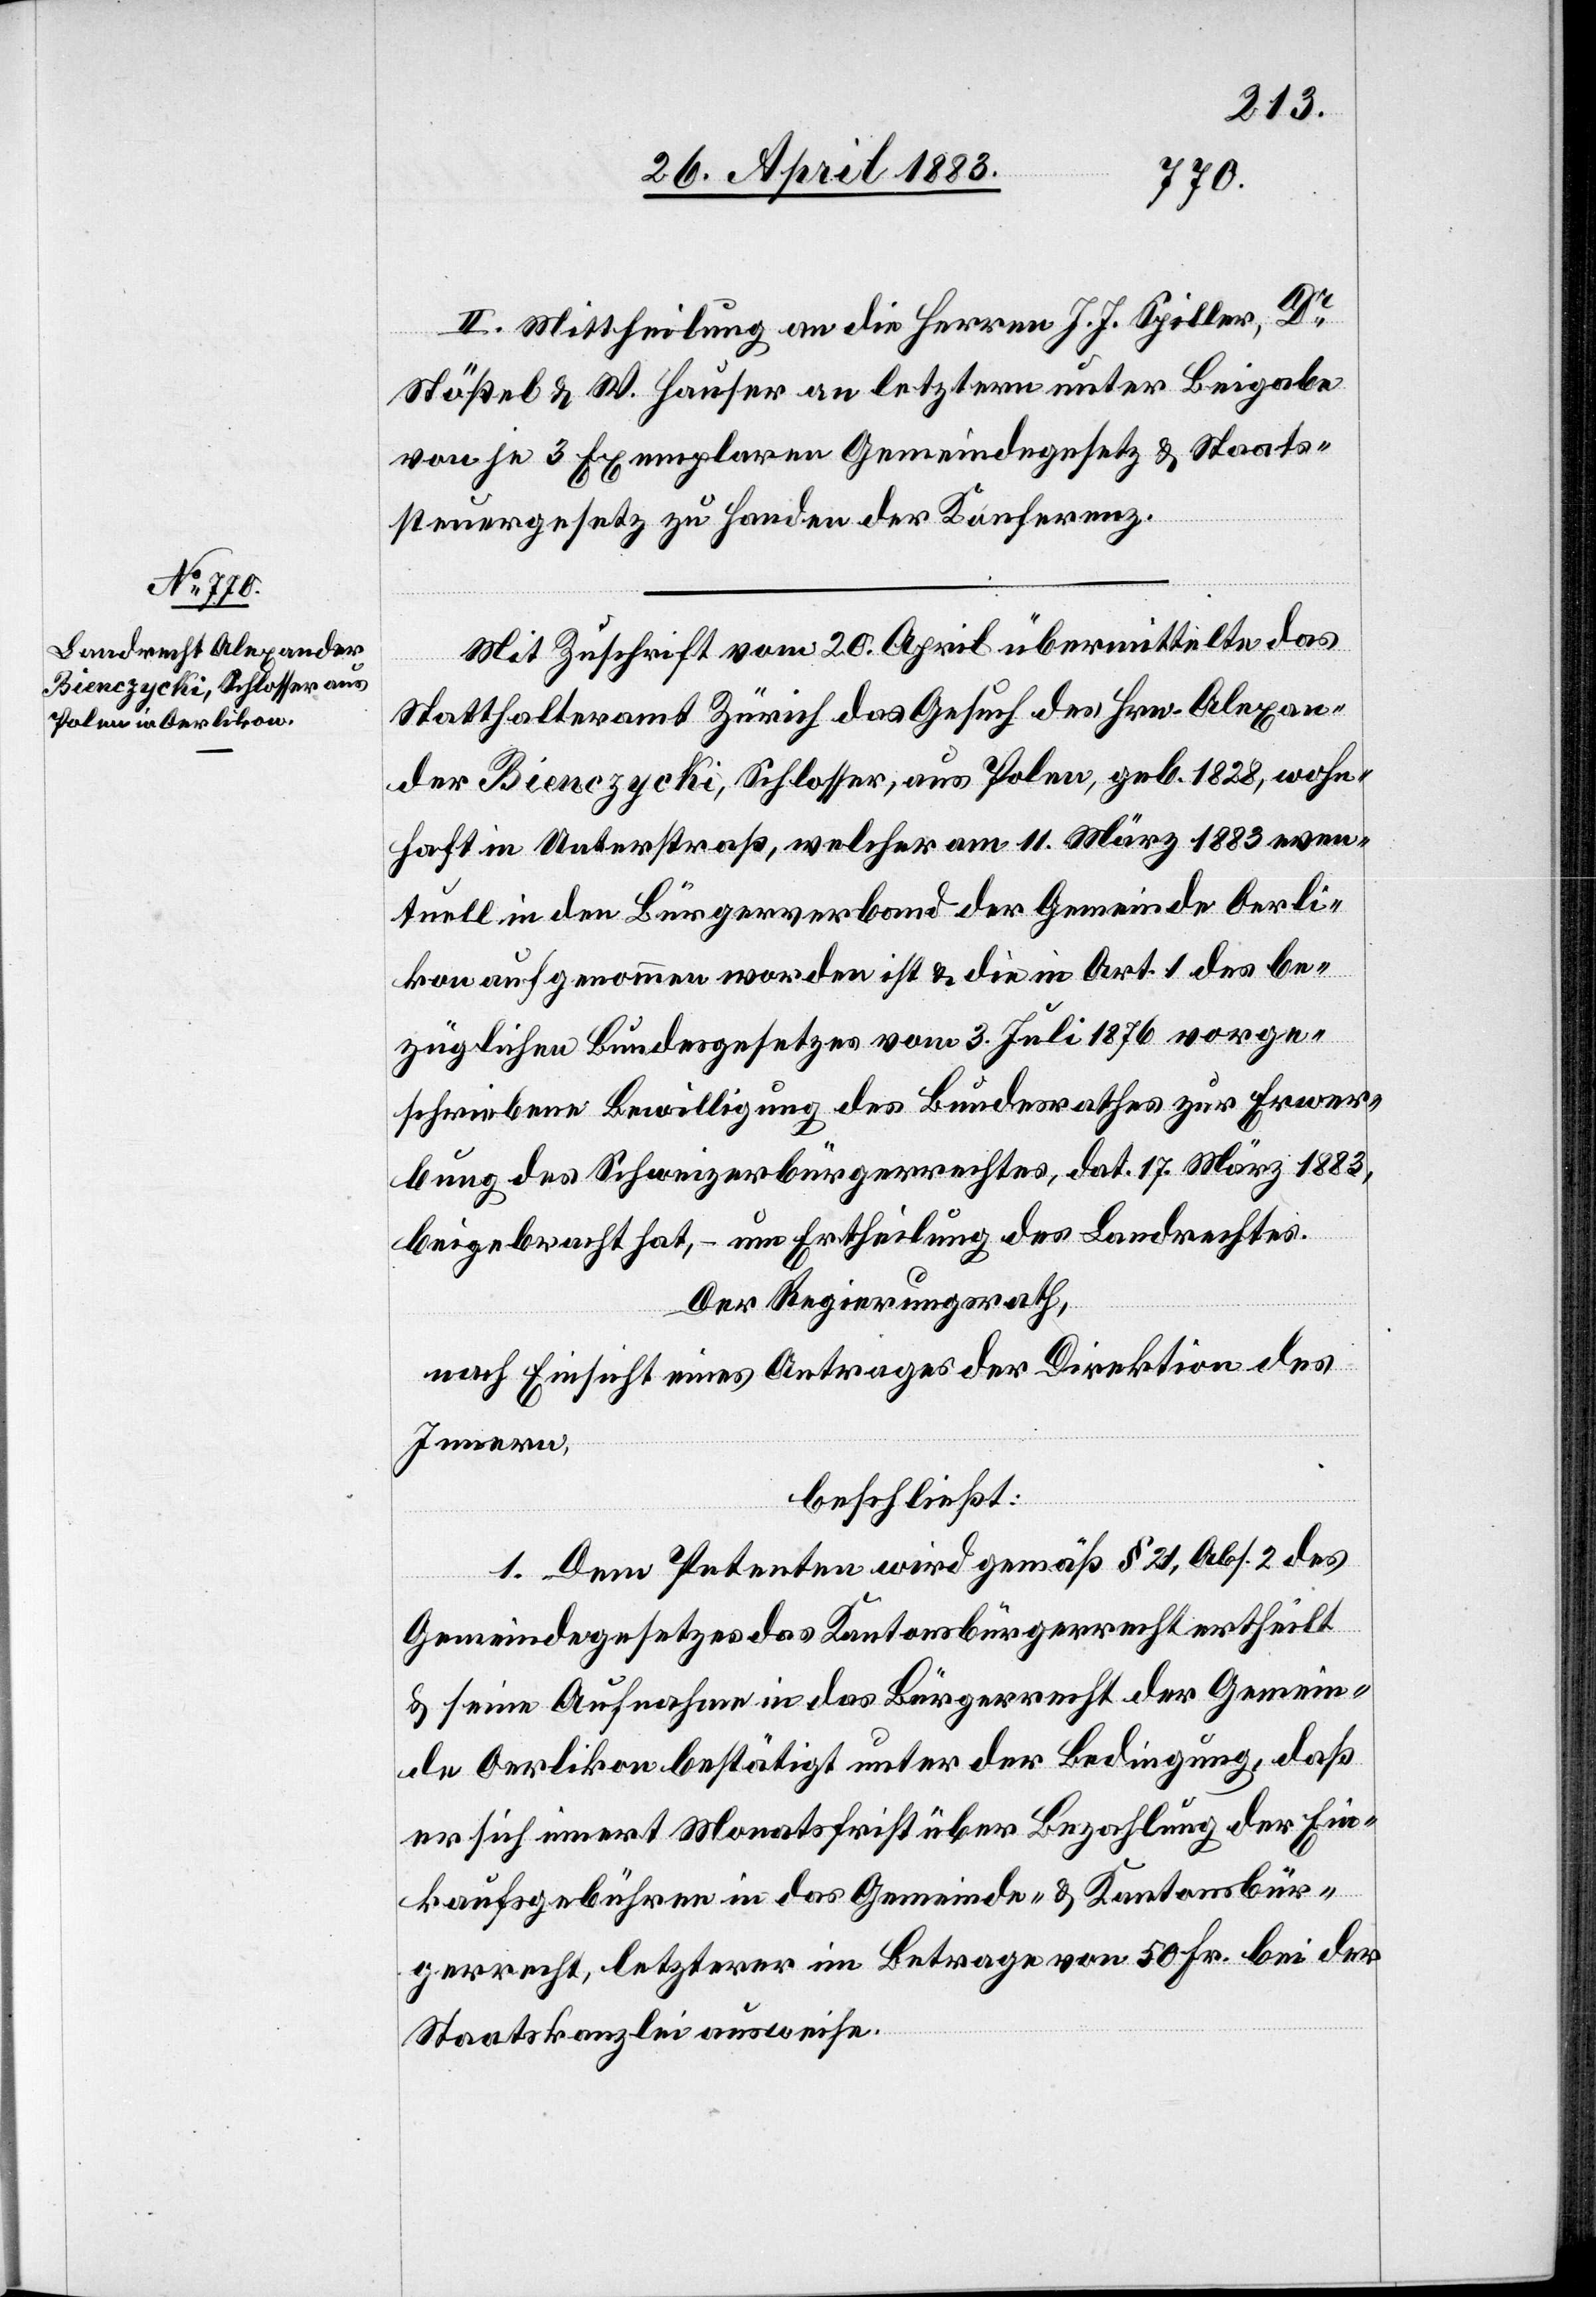
II. Mittheilung an die Herren J. J. Spiller, Dr
Stößel & W. Hauser an letztern unter Beigabe
von je 3 Exemplaren Gemeindegesetz & Staats¬
steuergesetz zu Handen der Konferenz.
Mit Zuschrift vom 20. April übermittelte das
Statthalteramt Zürich das Gesuch des Hrn. Alexan¬
der Bienczycki, Schlosser, aus Polen, geb. 1828, wohn¬
haft in Unterstraß, welcher am 11. März 1883 even¬
tuell in den Bürgerverband der Gemeinde Oerli¬
kon aufgenommen worden ist & die in Art. 1 des be¬
züglichen Bundesgesetzes vom 3. Juli 1876 vorge¬
schriebene Bewilligung des Bundesrathes zur Erwer¬
bung des Schweizerbürgerrechtes, dat. 17. März 1883,
beigebracht hat, – um Ertheilung des Landrechtes.
Der Regierungsrath,
nach Einsicht eines Antrages der Direktion des
Innern,
beschließt:
1. Dem Petenten wird gemäß § 21, Abs. 2 des
Gemeindegesetzes das Kantonsbürgerrecht ertheilt
& seine Aufnahme in das Bürgerrecht der Gemein¬
de Oerlikon bestätigt unter der Bedingung, daß
er sich innert Monatsfrist über Bezahlung der Ein¬
kaufsgebühren in das Gemeinde- & Kantonsbür¬
gerrecht, letzterer im Betrage von 50 Fr. bei der
Staatskanzlei ausweise.